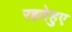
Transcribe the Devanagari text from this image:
रहतेहुए